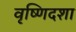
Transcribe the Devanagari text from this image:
वृष्णिदशा